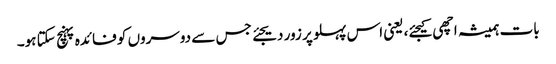
بات ہمیشہ اچھی کیجئے، یعنی اس پہلو پر زور دیجئے جس سے دوسروں کو فائدہ پہنچ سکتا ہو۔